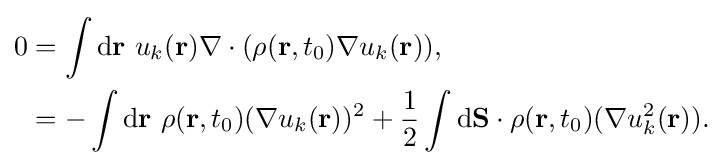
{\begin{aligned}0&=\int \mathrm {d} \mathbf {r} \ u_{k}(\mathbf {r} )\nabla \cdot (\rho (\mathbf {r} ,t_{0})\nabla u_{k}(\mathbf {r} )),\\&=-\int \mathrm {d} \mathbf {r} \ \rho (\mathbf {r} ,t_{0})(\nabla u_{k}(\mathbf {r} ))^{2}+{\frac {1}{2}}\int \mathrm {d} \mathbf {S} \cdot \rho (\mathbf {r} ,t_{0})(\nabla u_{k}^{2}(\mathbf {r} )).\end{aligned}}